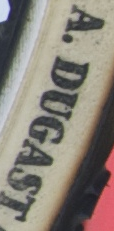
A.DUGAST